Scottish Leaving Certificate Examination, 1961
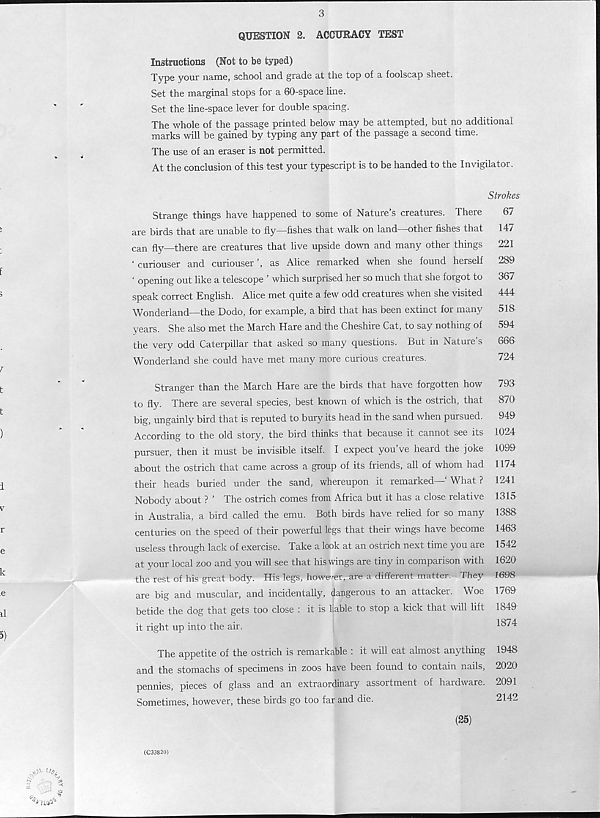
QUESTION 2. ACCURACY TEST
Instructions (Not to be typed)
Type your name, school and grade at the top of a foolscap sheet.
Set the marginal stops for a 60-space line.
Set the line-space lever for double spacing.
The whole of the passage printed below may be attempted, but no additional
marks will be gained by typing any part of the passage a second time.
The use of an eraser is not permitted.
At the conclusion of this test your typescript is to be handed to the Invigilator.
Strokes
Strange things have happened to some of Nature’s creatures. There
67
are birds that are unable to fly—fishes that walk on land ot her fishes that
14/
can fly—there are creatures that live upside down and many other things
221
‘ curiouser and curiouser ’, as Alice remarked when she found herself
289
‘ opening out like a telescope ’ which surprised her so much that she forgot to
367
speak correct English. Alice met quite a few odd creatures when she visited
444
Wonderland—the Dodo, for example, a bird that has been extinct for many
518
years. She also met the March Hare and the Cheshire Cat, to say nothing of
594
the very odd Caterpillar that asked so many questions. But in Nature’s
666
Wonderland she could have met many more curious creatures.
724
Stranger than the March Hare are the birds that have forgotten how
to fly. There are several species, best known of which is the ostrich, that
big, ungainly bird that is reputed to bury its head in the sand when pursued.
According to the old story, the bird thinks that because it cannot see its
pursuer, then it must be invisible itself. I expect you’ve heard the joke
about the ostrich that came across a group of its friends, all of whom had
their heads buried under the sand, whereupon it remarked—' What ?
Nobody about ? ’ The ostrich comes from Africa but it has a close relative
in Australia, a bird called the emu. Both birds have relied for so many
centuries on the speed of their powerful legs that their wings have become
useless through lack of exercise. Take a look at an ostrich next time you are
at your local zoo and you will see that his wings are tiny in comparison with
the rest of his great body. His legs, however, are a different matter. They
are big and muscular, and incidentally, dangerous to an attacker. Woe
betide the dog that gets too close : it is liable to stop a kick that will lift
it right up into the air.
The appetite of the ostrich is remarkable : it will eat almost anything
and the stomachs of specimens in zoos have been found to contain nails,
pennies, pieces of glass and an extraordinary assortment of hardware.
Sometimes, however, these birds go too far and die.
(25)
793
870
949
1024
1099
1174
1241
1315
1388
1463
1542
1620
1698
1769
1849
1874
1948
2020
2091
2142
(C33820)